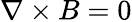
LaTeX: \nabla\times B=0